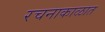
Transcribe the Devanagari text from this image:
रचनाकाळात